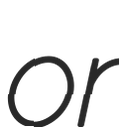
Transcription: or